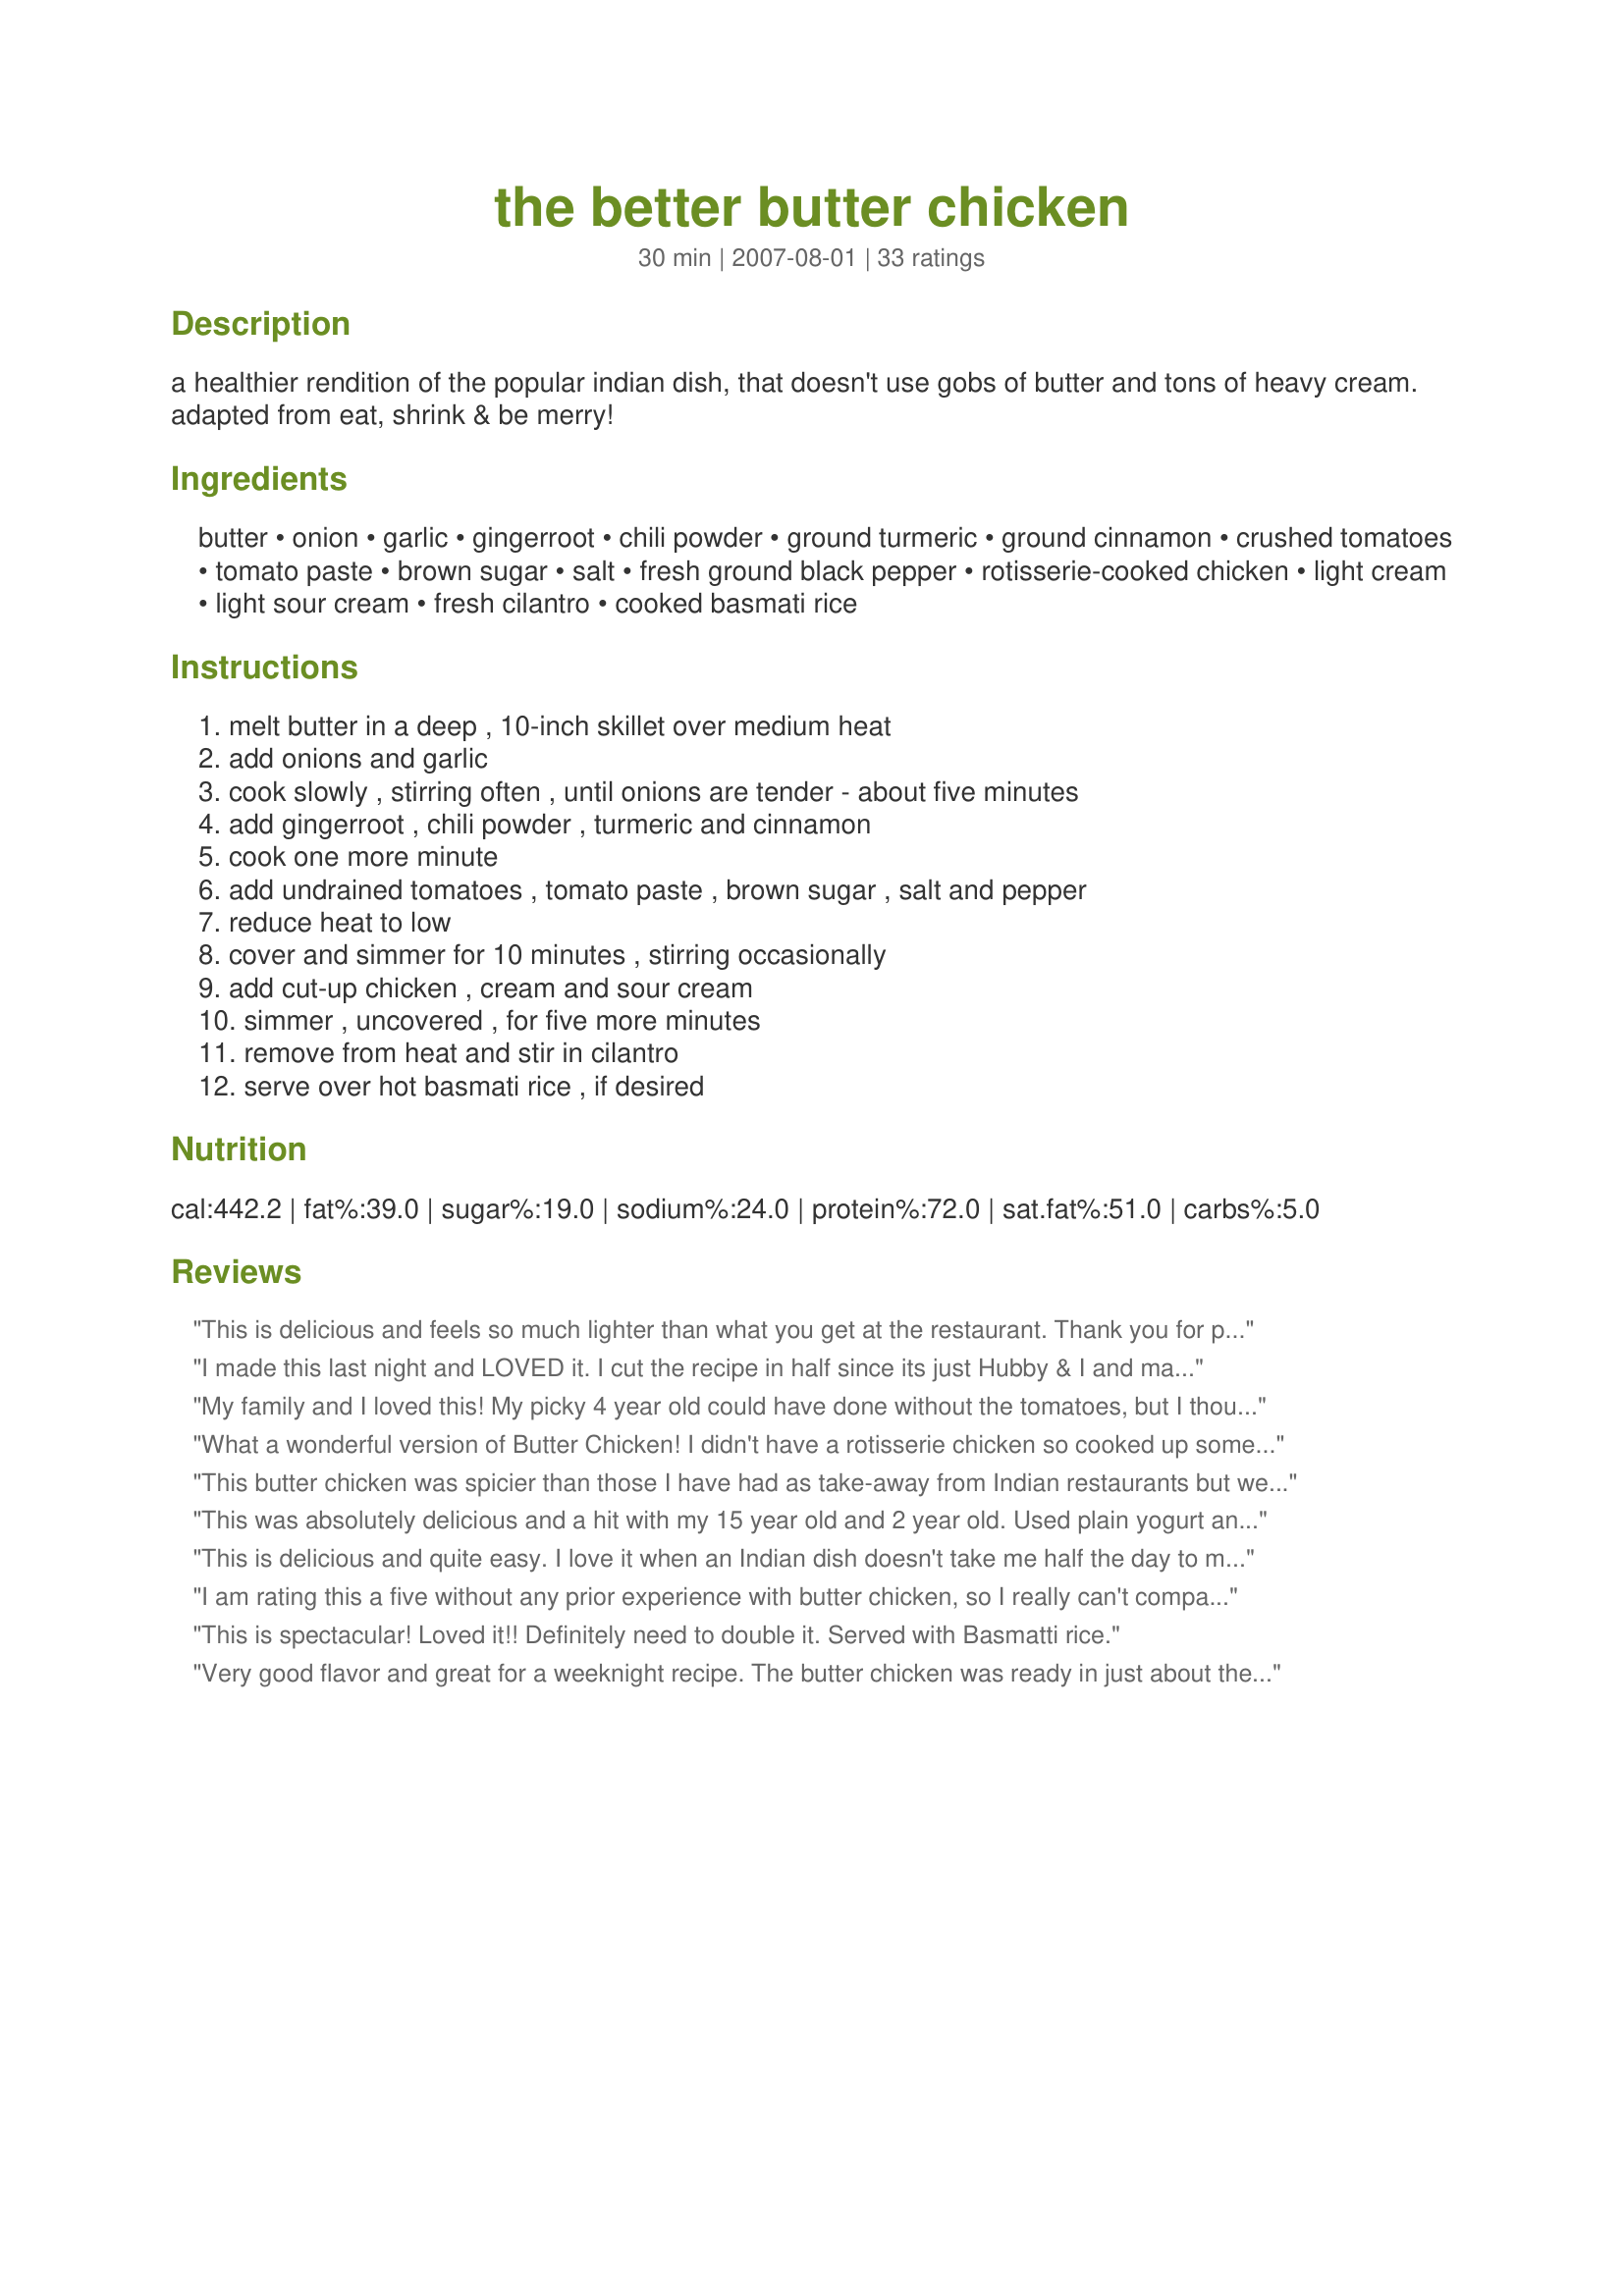
the better butter chicken
Preparation time: 30 minutes

a healthier rendition of the popular indian dish, that doesn't use gobs of butter and tons of heavy cream. adapted from eat, shrink & be merry!

Ingredients:
butter, onion, garlic, gingerroot, chili powder, ground turmeric, ground cinnamon, crushed tomatoes, tomato paste, brown sugar, salt, fresh ground black pepper, rotisserie-cooked chicken, light cream, light sour cream, fresh cilantro, cooked basmati rice

Steps:
melt butter in a deep , 10-inch skillet over medium heat, add onions and garlic, cook slowly , stirring often , until onions are tender - about five minutes, add gingerroot , chili powder , turmeric and cinnamon, cook one more minute, add undrained tomatoes , tomato paste , brown sugar , salt and pepper, reduce heat to low, cover and simmer for 10 minutes , stirring occasionally, add cut-up chicken , cream and sour cream, simmer , uncovered , for five more minutes, remove from heat and stir in cilantro, serve over hot basmati rice , if desired

Reviews:
This is delicious and feels so much lighter than what you get at the restaurant. Thank you for posting!
I made this last night and LOVED it. I cut the recipe in half since its just Hubby & I and made 1 subsitution, I did not have tomato paste, so i used some curry paste. I loved it this way, but hubby didn't care for the curry taste and said he would rather have had the tomato paste. Either way, he said it was great and its a go for keeping it in my list of recipes we will make regularly. Thanks so much for posting!
My family and I loved this! My picky 4 year old could have done without the tomatoes, but I thought this was incredibly flavorful. I added 1/2 tsp of coriander, and full fat sour cream. My petite diced tomatoes came in a 14.5 ounce can, so I added extra tomato paste and water to make up the difference. I served this with Indian basmati rice. Yummy! Thanks for posting!
What a wonderful version of Butter Chicken! I didn't have a rotisserie chicken so cooked up some chicken breasts and went from there. I made it as written but reduced the quantity to feed two of us. DH has been phobic about Indian food but really enjoyed this. He is a convert! Thanks so much for sharing. Made for the Bistro babes. ZWT 8
This butter chicken was spicier than those I have had as take-away from Indian restaurants but we enjoyed it and even the DM who normally puts her nose up at anything spicy (we are slowly educating her), its biggest plus is that it is quick and easy to put together and the DH has requested I serve again. i did omit the cilantro/coriander as we don't like it and had to use thick/double cream as that was all I had. Thank you ~Jen~, made for Tempted by Turmeric Tag Game (in the Asian forum).
This was absolutely delicious and a hit with my 15 year old and 2 year old. Used plain yogurt and light sour cream as I had no cream in the house. Awesome!
This is delicious and quite easy. I love it when an Indian dish doesn't take me half the day to make. This goes together quickly and uses items that I normally have on hand. I used diced tomatoes with chiles to add a little heat, but other than that, I left the seasonings as written (very unusual for me!) It went quite nicely with my recipe for Recipe #233257. Thanks for sharing!
I am rating this a five without any prior experience with butter chicken, so I really can't compare. I just know that I loved the flavors and textures. This was so good served over the basmati rice. The butter chicken was flavorful and almost creamy. Yum yum. Made for ZWT8 India
This is spectacular! Loved it!! Definitely need to double it. Served with Basmatti rice.
Very good flavor and great for a weeknight recipe. The butter chicken was ready in just about the time it takes to cook the rice. Plus it's light! For my taste, it could use a bit more spice. The dish may also be better the second day to allow the tomatoes to meld into the sauce.
Super easy and fast using a store-bought rotisserie chicken! This was delicious. Great combination of flavors, a dish fit for company. We passed sambal at the table for a hotter version. I will keep this recipe and we'll enjoy it often, especialy on days when I find myself running late to prepare dinner, with nothing thawed! A definite keeper!
I tried this recipe last night. It was so easy and so tasty! What a great version of one of my favorite Indian dishes. I did not change anything except adding an extra hot chili pepper. The sauce was just a bit thick but the flavor was fantastic. Definitely a keeper! I just love the recipes provided by Janet &amp; Greta. I miss the TV show so much!
Nice and spicey, but not over the top. You could still enjoy all the other flavors in the sauce. I had boneless skinless chicken thighs that I cut up and cooked for this recipe. Thanx for posting this. It's a keeper for sure!
A very tasty dish. I measured out most of the ingredients in the morning, so that it was quick to put together. I also added some cubed potatoes to lighten up the protein load in this dish, reducing the amount of the chicken. Perhaps a little more spice next time.
I don't much like Indian food. Kind of a take it or leave it proposition for me. But this recipe was AMAZING. Spicy.... but not too. A touch of heat but just right.
I roasted some cauliflower and added it to the recipe right before I served it. Thanks so much for sharing it.
Made for the Aussie/New Zealand recipe swap! I thought this was really good, but DH wasn't all that thrilled with it. He's not too adventurous when it comes to new recipes, so we compromised on 4 stars! I've never tried Indian food, so this was a new combination of flavors for me. Quite tasty!!
This was my first time trying butter chicken & I think I have found a new favorite. This is just excellent flavorwise and was easy to make. I used cubed boneless chicken, but otherwise made no changes. It is spicy without being hot at all so satisfied both of us. Thank you for sharing the recipe!! I know I will be making this again & again!
Very tasty meal. DH said that this was so quick and easy to make that he actually enjoyed cooking it! We used extra light thickened cream, which here is about 12%. Yummy! Thanks Jen!
This was lovely! I used chicken breasts from the freezer, cooking them quickly with tandoori paste and garlic. I then blended my sauce before adding chicken to get a beautiful smooth consistency. I also added slightly more cream as it was a little spicy for my 4 year old. Such a lovely, fast and healthy version of this dish ?
We enjoyed this dish very much; however, it wasn't exactly like the butter chicken we are accustomed to. I think next time I would use pureed tomatoes vs. diced and less onions. I used Indian chili powder which is extremely hot so I definitely scaled it back to suit our tastes. While it would up the calories, etc., I think I would also add a bit more cream as well. I will definitely try this dish again! Made for ZWT-8-India.
This was amazing! My hubby had it fresh the first day and said it tasted better then our favorite Indian restaurants! I tried it the second day and it was still really good.
A very good way to use up leftover chicken without drying it out. My sauce was not as smooth and creamy as the photos - I had a lot more tomato pieces, and the cream broke a bit (low fat sour cream may be the culprit there.) Increased the chili a bit to add some punch. Loved the cilantro.
This dish is truly excellent! I pureed the diced tomatoes slightly before adding and added a bit more salt and pepper to taste plus a tiny sprinkle of cayenne pepper for extra spice. Just wonderful. Served with naan and basmati rice for a great Indian meal. Made for ZWT 8.
This is a very delicious recipe however it does not yield enough sauce for a whole chicken. The best thing about butter chicken is the sauce. I double the sauce components of the recipe and use a whole chicken. Yummy! Instead of rice, this recipe can also be eaten with delicious hot roti.
Great flavor, lot of spices without being spicy. I liked that you use a store bought chicken made it quick and easy to whip up. Made for ZWT8.
We loved this chicken dish. The sauce was rich and flavorful. We've never eaten and Indian dish made with rotisserie chicken before, but what could be easier, and why add extra calories if you already have a great tasting dish? I used crushed tomatoes after reading a few of the reviews, and was very pleased with the consistency of the sauce. Thanks for sharing a very good recipe.
This was a good dish to cook for a weeknight dinner. Not quite butter chicken for me, but a good enjoyable dinner with Indian spices. I used ground chilli powder (not Mexican chili blend) which is very hot....so just used 1/2 the amount stated. Photo also to be posted
Great recipe! The whole family enjoyed it. I did add a few extra spices...other then that, very yummy! Thanks!
I really enjoyed this! So did NOT want to just reheat last night&#039;s rotisserie chicken. Super easy. Was working on a late dinner while juggling a cranky infant, a preschooler and a 3rd grader with homework... got it done and on the table without much trouble! That is a 5-star recipe in my book. &lt;br/&gt;Unfortunately, my ginger was bad so I threw in about 1/2 tsp of ground ginger. Also cut back on the chili powder as a couple of other reviewers suggested. I might put in the full amount next time. Also felt it needed extra salt. Finally, I only had heavy whipping cream so that&#039;s what I used. Not a healthy dinner tonight but it was good. And different! Thanks!
A wonderful easy recipe which is lower in fat, but I have realised that I like the creamy original version (I guess I better keep my gym membership up to date). Made for ZWT8, The Fearless Red Dragons
Oh my, this was marvellous!!! DH Looked at me when I started with the butter.. he is flirting with a diet.... but I wanted to make it as it should be made...... I DID compromise, and use yoghurt instead of the cream. And....... I used shrimps, since I had made several chicken recipes lately and wanted to vary the diet a little, I assure you, this is excellent with shrimp!
I added them towards the end, when you would add the chicken, and let them cook in the sauce.

Apart from the yoghurt and shrimp, I stuck to recipe and ended up with a heavenly, creamy, spicy sauce, which I served over lemon-spiced couscous...... I had a little over which I'm embarrassed to say I ate in the kitchen, while doing the washing-up, :oops:, it was sooooooo good, I couldn't bear the thought of someone else finishing it! who needs a waistline anyway!!!!

Made for Turmeric tag, Asian Forum, October 08. Thanks for another marvellous recipe, Jen!
I added 1 teaspoon of ground coriander and 1/8 teaspoon of ground cardamon. I used a 24 ounce jar of passata style tomatoes to ensure a smooth sauce. I've made it with about half of a leftover roast chicken. If you are shy on chicken, you could add a can of chickpeas to stretch the delicious sauce.
Yum! I made this with chicken breasts I had in the freezer, so I cut them up and cooked them first, then proceeded. I couldn't resist trowing in some peas, though! A very tasty recipe, thanks for posting! Made for WT8
